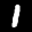
Label: 1